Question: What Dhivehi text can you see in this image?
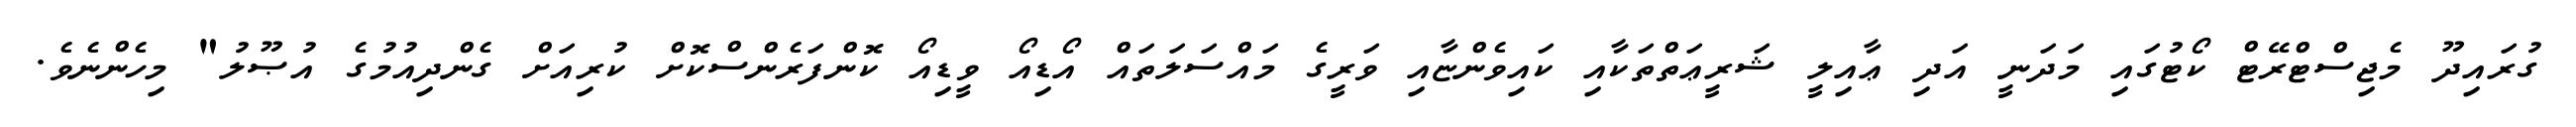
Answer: ގުރައިދޫ މެޖިސްޓްރޭޓް ކޯޓުގައި މަދަނީ އަދި ޢާއިލީ ޝަރީޢަތްތަކާއި ކައިވެންޏާއި ވަރީގެ މައްސަލަތައް އޯޑިއޯ ވީޑިއޯ ކޮންފަރެންސްކޮށް ކުރިއަށް ގެންދިއުމުގެ އުޞޫލު" މިހެންނެވެ.